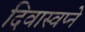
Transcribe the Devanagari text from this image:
दिवास्वप्ने